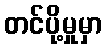
တင်ပို့မှုမှာ